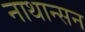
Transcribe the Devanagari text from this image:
नाथान्सन